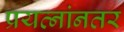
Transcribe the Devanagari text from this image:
प्रयत्नांनतर